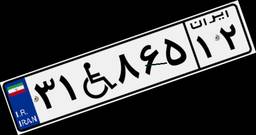
۵۸W۳۵۷۲۵